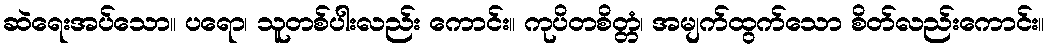
ဆဲရေးအပ်သော။ ပရော၊ သူတစ်ပါးလည်း ကောင်း။ ကုပိတစိတ္တံ၊ အမျက်ထွက်သော စိတ်လည်းကောင်း။